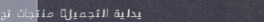
صيدلية التجميل: منتجات تج